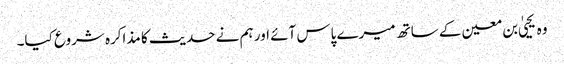
وہ یحییٰ بن معین کے ساتھ میرے پاس آئے اور ہم نے حدیث کا مذاکرہ شروع کیا۔